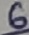
Text: 6